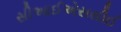
સીઆઈએસસીઈ